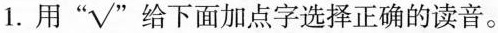
1.用”√”给下面加点字选择正确的读音。